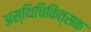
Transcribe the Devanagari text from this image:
अस्थिचिकित्सक